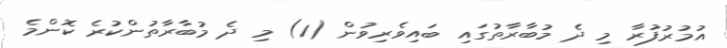
އުމުރުފުރާ މި ދެ މުބާރާތުގައި ބައިވެރިވުން (1) މި ދެ މުބާރާތުންކުރެ ކޮންމެ